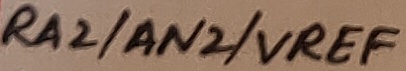
Text: RA2/AN2/VREF